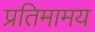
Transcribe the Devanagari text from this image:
प्रतिमामय